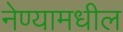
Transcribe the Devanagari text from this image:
नेण्यामधील